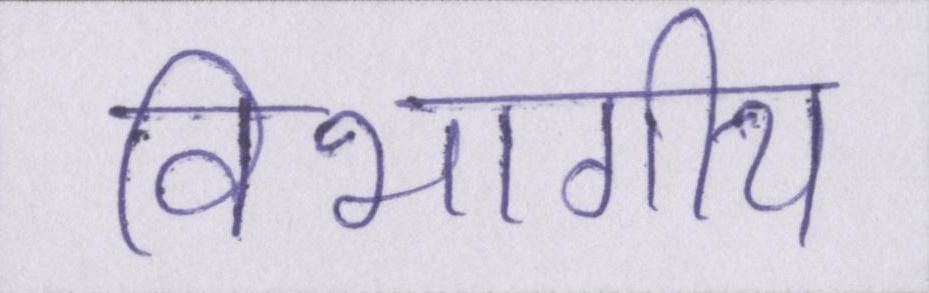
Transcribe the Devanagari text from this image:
विभागीय